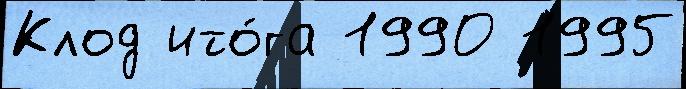
Клод ито́га 1990 1995